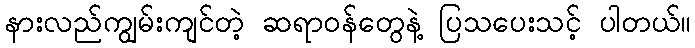
နားလည်ကျွမ်းကျင်တဲ့ ဆရာဝန်တွေနဲ့ ပြသပေးသင့် ပါတယ်။